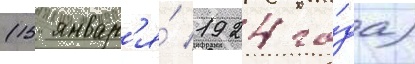
(15 январ'я́ 1924 го́да)